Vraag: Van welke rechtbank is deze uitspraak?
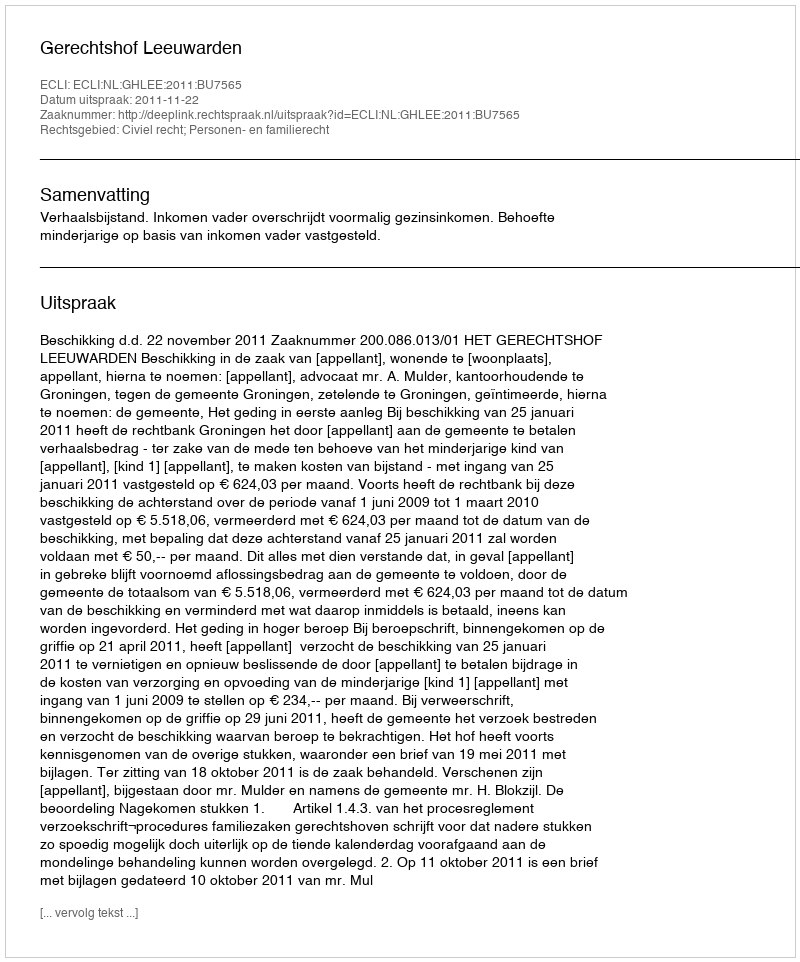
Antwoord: Gerechtshof Leeuwarden